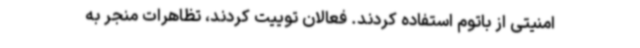
امنیتی از باتوم استفاده کردند. فعالان توییت کردند،‌ تظاهرات منجر به